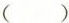
()